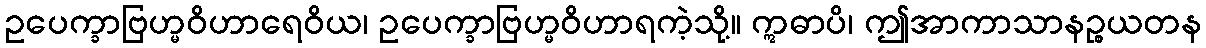
ဥပေက္ခာဗြဟ္မဝိဟာရေဝိယ၊ ဥပေက္ခာဗြဟ္မဝိဟာရကဲ့သို့။ ဣဓာပိ၊ ဤအာကာသာနဉ္စယတန